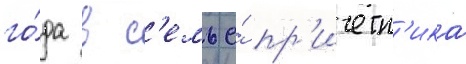
го́да в с'емье́ пр'ичетн'ика